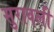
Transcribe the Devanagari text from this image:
सुरावली